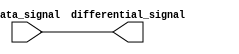
module diff_buffer (
    input wire data_signal,
    output wire differential_signal
);

assign differential_signal = data_signal;

endmodule